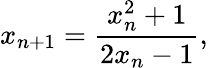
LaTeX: x_{n+1}={\frac{x_{n}^{2}+1}{2x_{n}-1}},